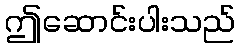
ဤဆောင်းပါးသည်